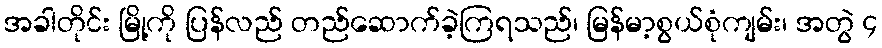
အခါတိုင်း မြို့ကို ပြန်လည် တည်ဆောက်ခဲ့ကြရသည်၊ မြန်မာ့စွယ်စုံကျမ်း၊ အတွဲ ၄